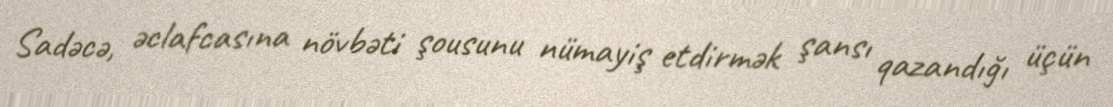
Sadəcə, əclafcasına növbəti şousunu nümayiş etdirmək şansı qazandığı üçün